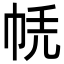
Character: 𢂮